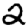
Digit: 2